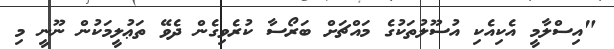
"އިސްލާމީ އެކިއެކި އުސޫލުތަކުގެ މައްޗަށް ބަރޯސާ ކުރެވިގެން ދެވޭ ތަޢުލީމަކުން ނޫނީ މި